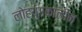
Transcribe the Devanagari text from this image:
लोहयुगकालीन